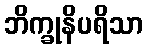
ဘိက္ခုနိပရိသာ